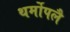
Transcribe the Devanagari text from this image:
थर्मोपलै